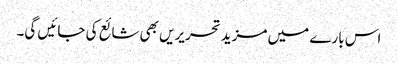
اس بارے میں مزید تحریریں بھی شائع کی جائیں گی۔